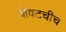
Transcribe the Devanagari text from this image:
शेवटचीच